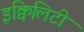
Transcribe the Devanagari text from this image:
इक्विलिटी